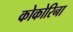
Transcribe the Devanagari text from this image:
कोकोरिना